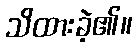
သိထားခဲ့၏။